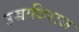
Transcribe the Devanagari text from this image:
उच्चाधिराज